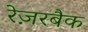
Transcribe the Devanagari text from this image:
रेज़रबैक